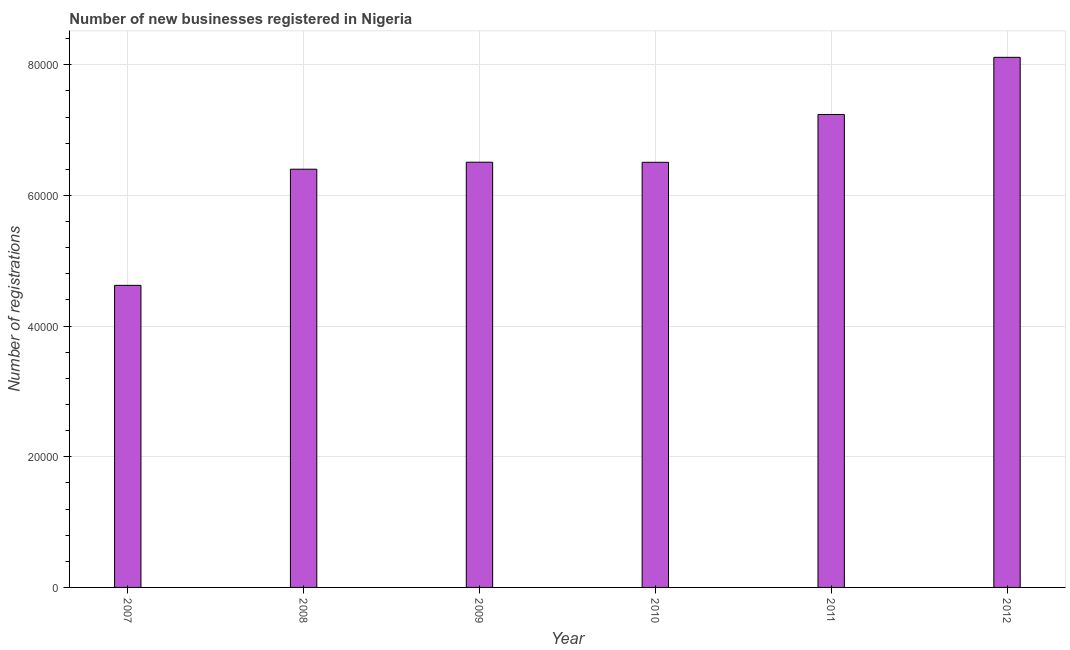
| Year | New businesses |
 | --- | --- |
 | 2007 | 4.62e+04 |
 | 2008 | 6.4e+04 |
 | 2009 | 6.51e+04 |
 | 2010 | 6.51e+04 |
 | 2011 | 7.24e+04 |
 | 2012 | 8.11e+04 |